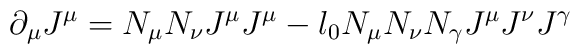
\partial_{\mu}J^{\mu}=N_{\mu}N_{\nu}J^{\mu} J^{\mu}-l_{0}N_{\mu}N_{\nu}N_{\gamma}J^{\mu}J^{\nu}J^{\gamma}